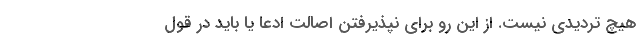
هیچ تردیدی نیست. از این رو برای نپذیرفتن اصالت ادعا یا باید در قول